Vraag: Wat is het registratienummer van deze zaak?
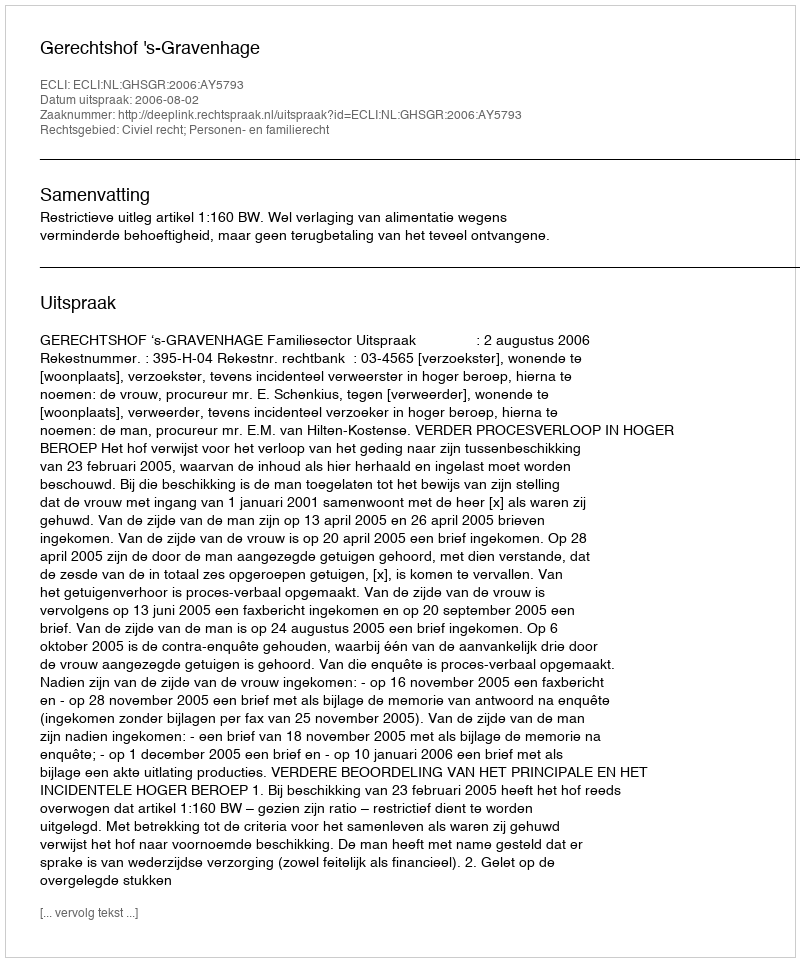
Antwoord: http://deeplink.rechtspraak.nl/uitspraak?id=ECLI:NL:GHSGR:2006:AY5793